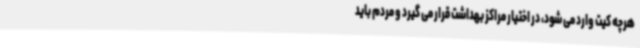
هرچه کیت وارد می شود، در اختیار مراکز بهداشت قرار می گیرد و مردم باید